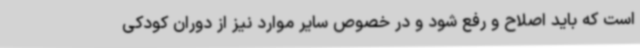
است که باید اصلاح و رفع شود و در خصوص سایر موارد نیز از دوران کودکی